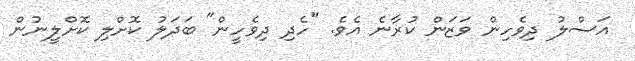
އަސްލު ދިވެހިން ވަޒަން ކުރާނެ އެވެ. "ހެދި ދިވެހީން" ބަދަލު ކޮށްލި ކޮށްލީނުން